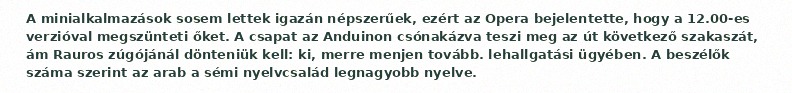
A minialkalmazások sosem lettek igazán népszerűek, ezért az Opera bejelentette, hogy a 12.00-es verzióval megszünteti őket. A csapat az Anduinon csónakázva teszi meg az út következő szakaszát, ám Rauros zúgójánál dönteniük kell: ki, merre menjen tovább. lehallgatási ügyében. A beszélők száma szerint az arab a sémi nyelvcsalád legnagyobb nyelve.